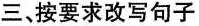
三、按要求改写句子